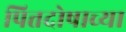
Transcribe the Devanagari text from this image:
पित्तदोषाच्या